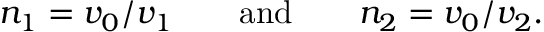
n _ { 1 } = v _ { 0 } / v _ { 1 } \qquad \mathrm { a n d } \qquad n _ { 2 } = v _ { 0 } / v _ { 2 } .